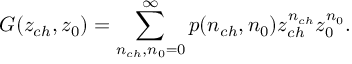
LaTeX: G ( z _ { c h } , z _ { 0 } ) = \sum _ { n _ { c h } , n _ { 0 } = 0 } ^ { \infty } p ( n _ { c h } , n _ { 0 } ) z _ { c h } ^ { n _ { c h } } z _ { 0 } ^ { n _ { 0 } } .